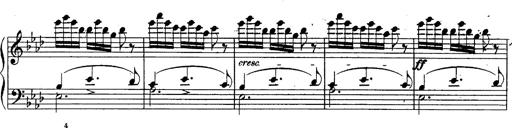
Title: Schubert's Impromptus [revised and edited by Franz Liszt]
Composer: Franz Liszt